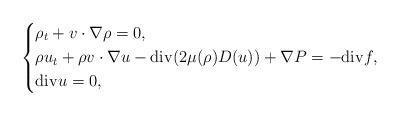
\begin{align*}\left\{\begin{aligned}&\rho_t+v \cdot \nabla \rho=0,\\&\rho u_t +\rho v \cdot \nabla u-{\rm div}(2\mu(\rho)D(u))+\nabla P=-{\rm div}f,\\&{\rm div}u=0,\end{aligned}\right.\end{align*}